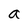
Character: a